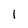
Character: 1